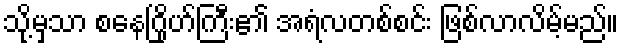
သို့မှသာ စနေဂြိုဟ်ကြီး၏ အရံလတစ်စင်း ဖြစ်လာလိမ့်မည်။